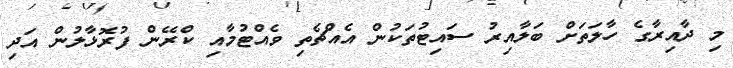
މި ދާއިރާގެ ހާލަތަށް ބަލާއިރު ސައިޓުތަކުން އެއްޗެތި ވެއްޓުމާއި ކްރޭން ފުރޮޅާލުން އަދި